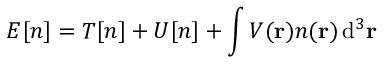
E [ n ] = T [ n ] + U [ n ] + \int V ( \mathbf { r } ) n ( \mathbf { r } ) \, \mathrm { d } ^ { 3 } \mathbf { r }